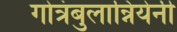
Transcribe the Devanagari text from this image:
गोत्रंबुलान्नियेनी